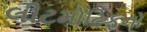
લીટમોટિફનો